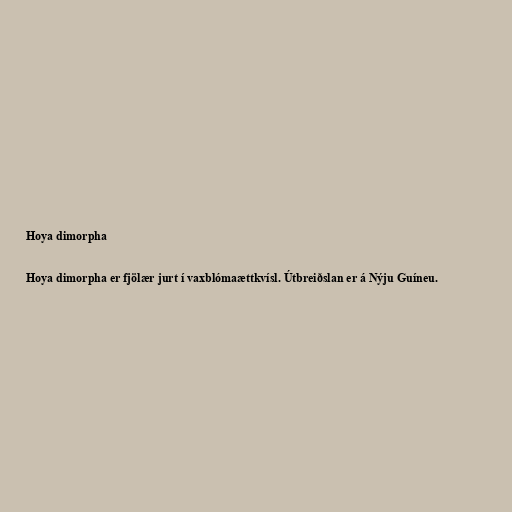
Hoya dimorpha

Hoya dimorpha er fjölær jurt í vaxblómaættkvísl. Útbreiðslan er á Nýju Guíneu.